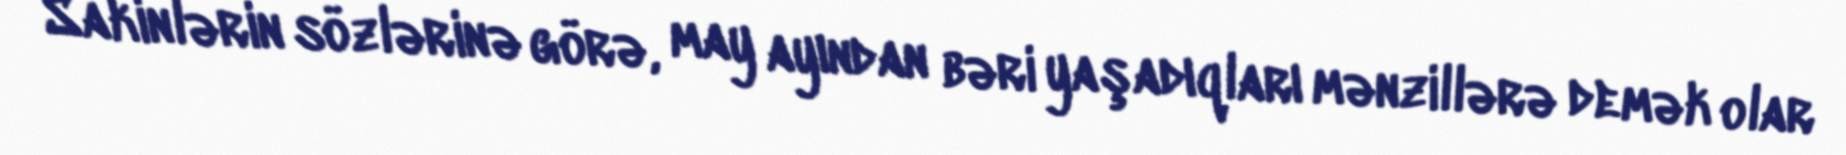
Sakinlərin sözlərinə görə, may ayından bəri yaşadıqları mənzillərə demək olar